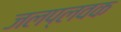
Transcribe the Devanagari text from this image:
जलप्लवक